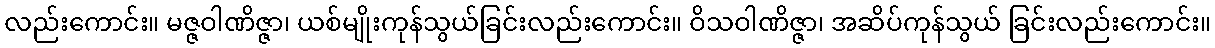
လည်းကောင်း။ မဇ္ဇဝါဏိဇ္ဇာ၊ ယစ်မျိုးကုန်သွယ်ခြင်းလည်းကောင်း။ ဝိသဝါဏိဇ္ဇာ၊ အဆိပ်ကုန်သွယ် ခြင်းလည်းကောင်း။